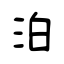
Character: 泊